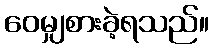
ဝေမျှစားခဲ့ရသည်။